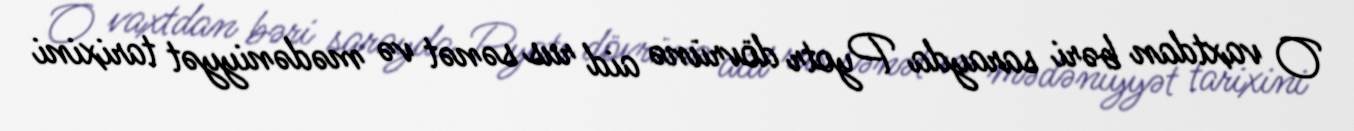
O vaxtdan bəri sarayda Pyotr dövrünə aid rus sənət və mədəniyyət tarixini